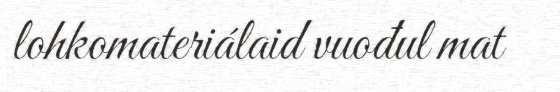
lohkomateriálaid vuođul mat